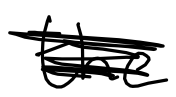
Text: the
Cross-out: scratch
Writing tool: digital_black